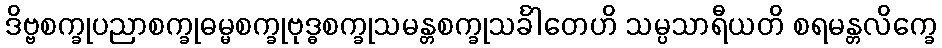
ဒိဗ္ဗစက္ခုပညာစက္ခုဓမ္မစက္ခုဗုဒ္ဓစက္ခုသမန္တစက္ခုသင်္ခါတေဟိ သမ္ပသာရီယတိ စရမန္တလိက္ခေ